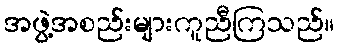
အဖွဲ့အစည်းများကူညီကြသည်။